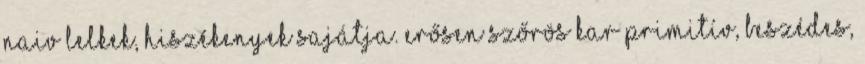
naiv lelkek, hiszékenyek sajátja. Erősen szőrös kar primitív, beszédes,